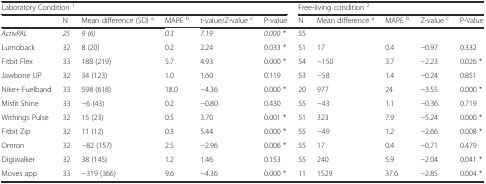
<table><thead><tr><td colspan="6"><b>Laboratory Condition <sup>1</sup></b></td><td colspan="5"><b>Free-living condition <sup>2</sup></b></td></tr><tr><td></td><td><b>N</b></td><td><b>Mean difference (SD) <sup>a</sup></b></td><td><b>MAPE <sup>b</sup></b></td><td><b>t-value/Z-value <sup>c</sup></b></td><td><b>P-value</b></td><td><b>N</b></td><td><b>Mean difference <sup>a</sup></b></td><td><b>MAPE <sup>b</sup></b></td><td><b>Z-value <sup>c</sup></b></td><td><b>P-Value</b></td></tr></thead><tbody><tr><td><i>ActivPAL</i></td><td><i>25</i></td><td><i>9 (6)</i></td><td><i>0.3</i></td><td><i>7.19</i></td><td><i>0.000 *</i></td><td>55</td><td></td><td></td><td></td><td></td></tr><tr><td>Lumoback</td><td>32</td><td>8 (20)</td><td>0.2</td><td>2.24</td><td>0.033 *</td><td>51</td><td>17</td><td>0.4</td><td>−0.97</td><td>0.332</td></tr><tr><td>Fitbit Flex</td><td>33</td><td>188 (219)</td><td>5.7</td><td>4.93</td><td>0.000 *</td><td>54</td><td>−150</td><td>3.7</td><td>−2.23</td><td>0.026 *</td></tr><tr><td>Jawbone UP</td><td>32</td><td>34 (123)</td><td>1.0</td><td>1.60</td><td>0.119</td><td>53</td><td>−58</td><td>1.4</td><td>−0.24</td><td>0.851</td></tr><tr><td>Nike+ Fuelband</td><td>33</td><td>598 (618)</td><td>18.0</td><td>−4.36</td><td>0.000 *</td><td>20</td><td>977</td><td>24</td><td>−3.55</td><td>0.000 *</td></tr><tr><td>Misfit Shine</td><td>33</td><td>−6 (43)</td><td>0.2</td><td>−0.80</td><td>0.430</td><td>55</td><td>−43</td><td>1.1</td><td>−0.36</td><td>0.719</td></tr><tr><td>Withings Pulse</td><td>32</td><td>15 (23)</td><td>0.5</td><td>3.70</td><td>0.001 *</td><td>51</td><td>323</td><td>7.9</td><td>−5.24</td><td>0.000 *</td></tr><tr><td>Fitbit Zip</td><td>32</td><td>11 (12)</td><td>0.3</td><td>5.44</td><td>0.000 *</td><td>55</td><td>−49</td><td>1.2</td><td>−2.66</td><td>0.008 *</td></tr><tr><td>Omron</td><td>32</td><td>−82 (157)</td><td>2.5</td><td>−2.96</td><td>0.006 *</td><td>55</td><td>17</td><td>0.4</td><td>−0.71</td><td>0.479</td></tr><tr><td>Digiwalker</td><td>32</td><td>38 (145)</td><td>1.2</td><td>1.46</td><td>0.153</td><td>55</td><td>240</td><td>5.9</td><td>−2.04</td><td>0.041 *</td></tr><tr><td>Moves app</td><td>33</td><td>−319 (366)</td><td>9.6</td><td>−4.36</td><td>0.000 *</td><td>11</td><td>1529</td><td>37.6</td><td>−2.85</td><td>0.004 *</td></tr></tbody></table>